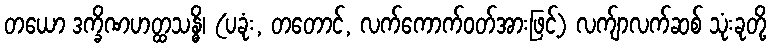
တယော ဒက္ခိဏဟတ္ထသန္ဓိ၊ (ပခုံး, တတောင်, လက်ကောက်ဝတ်အားဖြင့်) လက်ျာလက်ဆစ် သုံးခုတို့